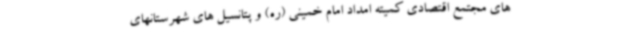
های مجتمع اقتصادی کمیته امداد امام خمینی (ره) و پتانسیل های شهرستانهای